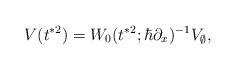
\begin{align*}V(t^{*2})= W_0(t^{*2};\hbar \partial_x)^{-1}V_{\emptyset},\end{align*}